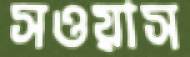
সওয়াস